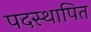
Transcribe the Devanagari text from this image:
पदस्‍थापित